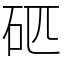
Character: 𥐵